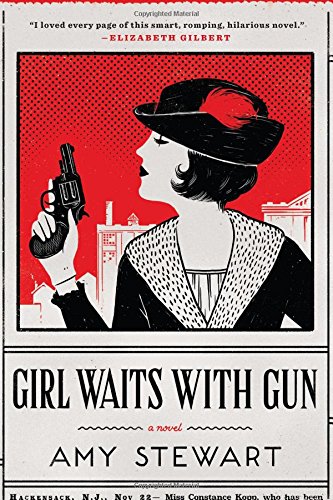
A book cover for Girl Waits with Gun; Amy Stewart; Mystery, Thriller & Suspense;